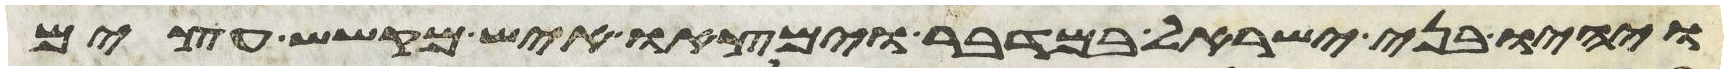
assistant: ויהיו בני ישראל במדבר וימצאו איש מקשש עצים